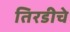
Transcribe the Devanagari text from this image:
तिरडीचे